Vaccine operations Central Provinces & Berar 1922-1929 - 1922-1929
Year: 1922
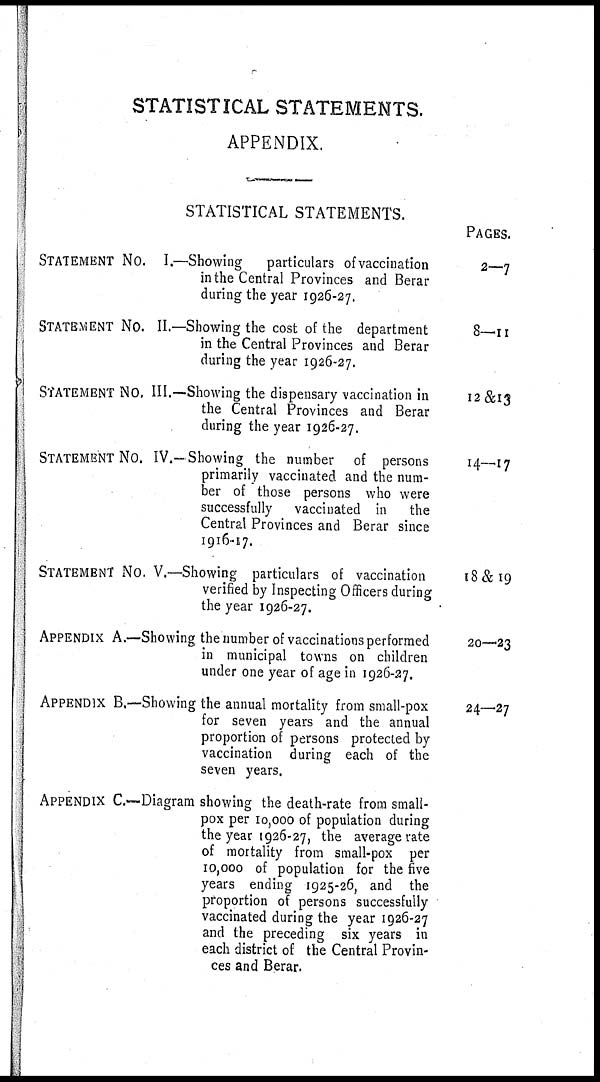
STATISTICAL STATEMENTS.
APPENDIX.
STATISTICAL STATEMENTS.
STATEMENT No. I.—Showing
particulars of vaccination
in the Central Provinces and Berar
during the year 1926-27,
STATEMENT No. II.—Showing the cost of the department
in the Central Provinces and Berar
during the year 1926-27.
STATEMENT No. III.—Showing the dispensary vaccination in
the Central Provinces and Berar
during the year 1926-27.
STATEMENT No. IV.— Showing the number of persons
primarily vaccinated and the num-
ber of those persons who were
successfully vaccinated in the
Central Provinces and Berar since
1916-17.
STATEMENT No. V.—Showing particulars of vaccination
verified by Inspecting Officers during
the year 1926-27.
APPENDIX A.—Showing the number of vaccinations performed
in municipal towns on children
under one year of age in 1926-27.
APPENDIX B.—Showing the annual mortality from small-pox
for seven years and the annual
proportion of persons protected by
vaccination during each of the
seven years.
APPENDIX C.—Diagram showing the death-rate from small-
pox per 10,000 of population during
the year 1926-27, the average rate
of mortality from small-pox per
10,000 of population for the five
years ending 1925-26, and the
proportion of persons successfully
vaccinated during the year 1926-27
and the preceding six years in
each district of the Central Provin-
ces and Berar.
Pages.
2—7
8—11
12&13
14—17
18 & 19
20—23
24—27